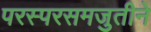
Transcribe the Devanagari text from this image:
परस्परसमजुतीने